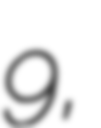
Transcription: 9,